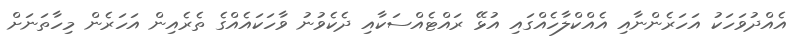
އެއްދުވަހަކު އަހަރެންނާއި އެއްކްލާހެއްގައި އުޅޭ ރައްޓެއްސަކާއި ދެކެވުނު ވާހަކައެއްގެ ތެރެއިން އަހަރެން މިހާތަނަށް